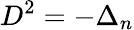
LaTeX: D^{2}=-\Delta_{n}